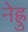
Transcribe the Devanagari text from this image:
नेह्रु